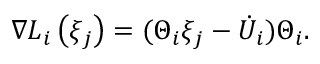
{ \nabla L } _ { i } \left( \xi _ { j } \right) = ( \Theta _ { i } \xi _ { j } - { \dot { U } } _ { i } ) \Theta _ { i } .